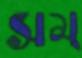
সম্